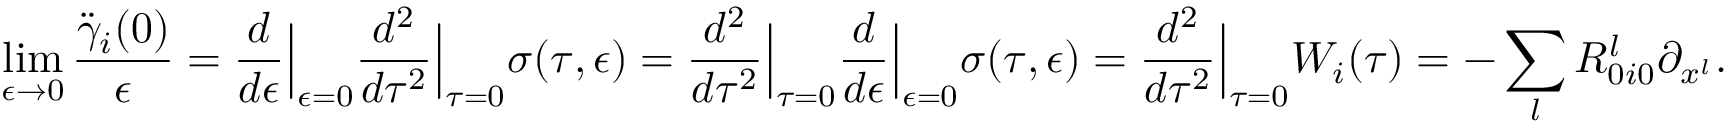
\operatorname* { l i m } _ { \epsilon \to 0 } \frac { \ddot { \gamma } _ { i } ( 0 ) } { \epsilon } = \frac { d } { d \epsilon } \Big \vert _ { \epsilon = 0 } \frac { d ^ { 2 } } { d \tau ^ { 2 } } \Big \vert _ { \tau = 0 } \sigma ( \tau , \epsilon ) = \frac { d ^ { 2 } } { d \tau ^ { 2 } } \Big \vert _ { \tau = 0 } \frac { d } { d \epsilon } \Big \vert _ { \epsilon = 0 } \sigma ( \tau , \epsilon ) = \frac { d ^ { 2 } } { d \tau ^ { 2 } } \Big \vert _ { \tau = 0 } W _ { i } ( \tau ) = - \sum _ { l } R _ { 0 i 0 } ^ { l } \partial _ { x ^ { l } } .